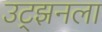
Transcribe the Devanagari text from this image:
उट्झनला